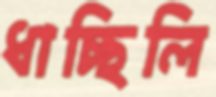
ধাচ্ছিলি